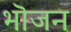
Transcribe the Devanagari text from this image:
भॊजन